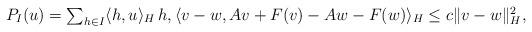
LaTeX: \begin{align*} P_I(u) = \textstyle\sum_{ h \in I } \langle h,u \rangle_H \, h, \langle v-w, Av + F(v) - Aw - F(w) \rangle_H \leq c \| v-w \|_H^2,\end{align*}